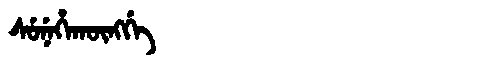
Manchu: ᠰᡠᠨᡝᡥᠠᡴᡡᠩᡤᡝ
Romanization: SUNEHAKŪNGGE